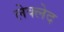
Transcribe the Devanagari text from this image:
लेक्लेद